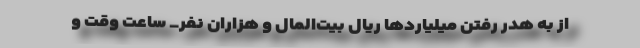
از به هدر رفتن میلیاردها ریال بیت‌المال و هزاران نفر_ ساعت وقت و